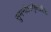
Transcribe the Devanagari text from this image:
सुमनोऽलंकृतशिराः